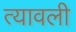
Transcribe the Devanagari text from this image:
त्यावली